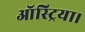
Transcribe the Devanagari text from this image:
ऑस्ट्रिया।